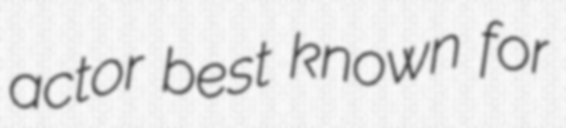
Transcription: actor best known for